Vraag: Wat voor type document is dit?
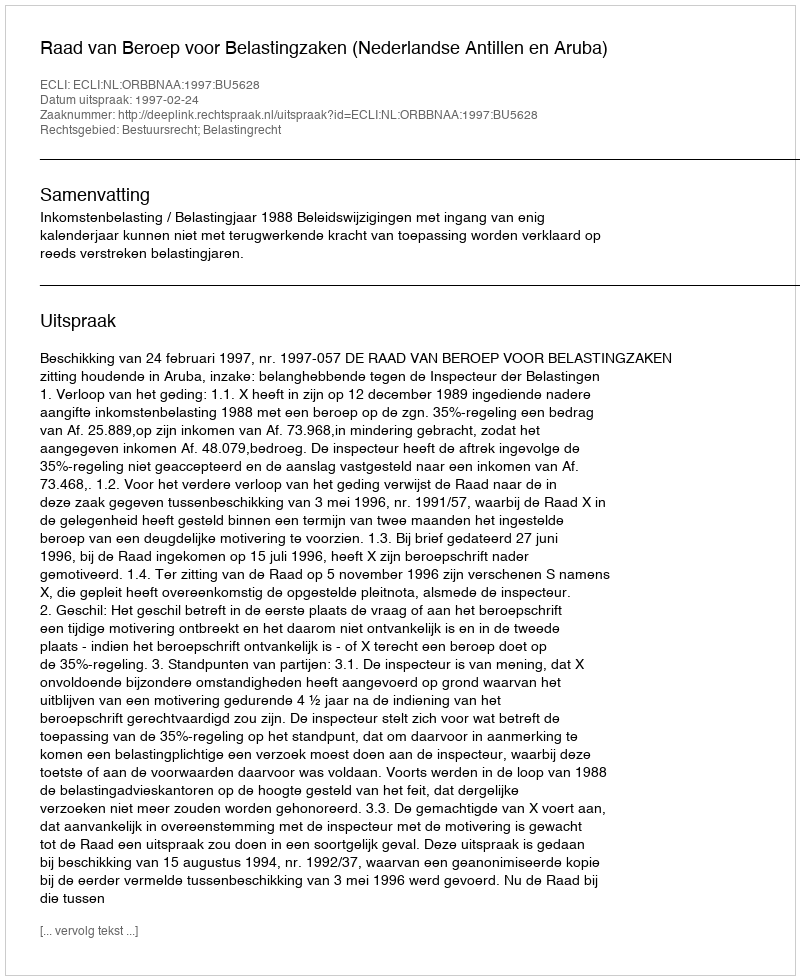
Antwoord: Uitspraak